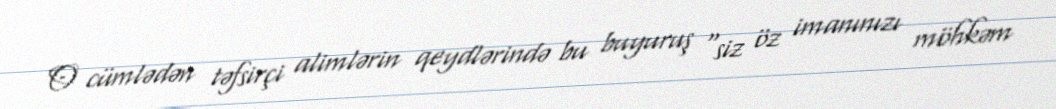
O cümlədən təfsirçi alimlərin qeydlərində bu buyuruş “siz öz imanınızı möhkəm